Civil Veterinary Dept. Assam report 1927-50 - 1927-1950
Year: 1927
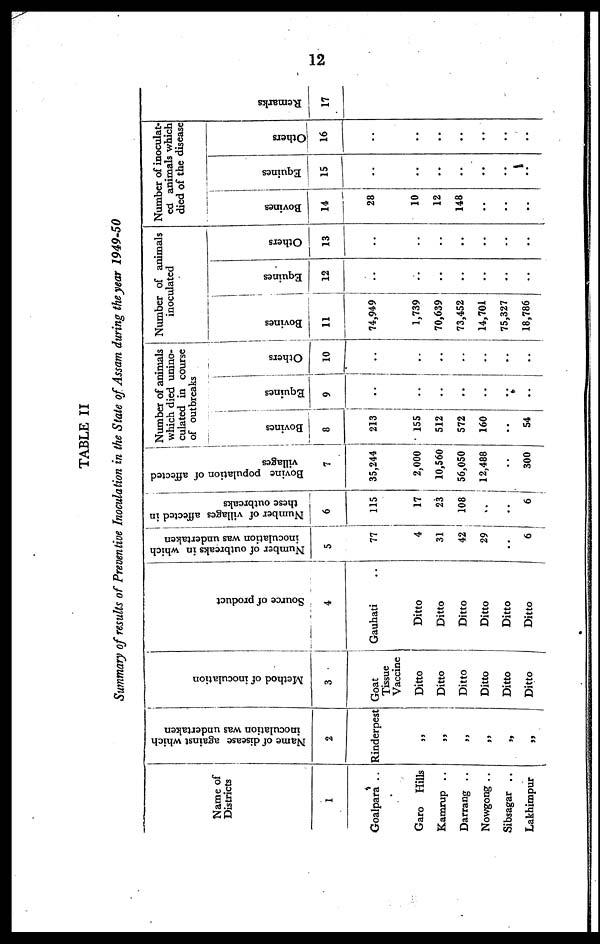
12
TABLE II
Summary of results of Preventive Inoculation in the State of Assam during the year 1949-50
Name of
Districts
1
Goalpara ..
Garo Hills
Kamrup ..
Darrang ..
Nowgong ..
Sibsagar ..
Lakhimpur
Name of disease against which
inoculation was undertaken
Rinderpest
„
„
„
„
„
„
Method of inoculation
3
Goat
Tissue
Vaccine
Ditto
Ditto
Ditto
Ditto
Ditto
Ditto
Source of product
4
Gauhati ..
Ditto
Ditto
Ditto
Ditto
Ditto
Ditto
Number of outbreaks in which
inoculation was undertaken
5
77
4
31
42
29
..
6
Number of villages affected in
these outbreaks
6
115
17
23
108
..
..
6
Bovine population of affected
villages
7
35,244
2,000
10,560
56,050
12,488
..
300
Number of animals
which died unino-
culated in course
of outbreaks
Bovines
8
213
155
512
572
160
..
54
Equines
9
..
..
..
..
..
..
..
Others
10
..
..
..
..
..
..
..
Number of animals
inoculated
Bovines
11
74,949
1,739
70,639
73,452
14,701
75,327
18,786
Equines
12
..
..
..
..
..
..
..
Others
13
..
..
..
..
..
..
..
Number of inoculat-
ed animals which
died of the disease
Bovines
14
28
10
12
148
..
..
..
Equines
15
..
..
..
..
..
..
..
Others
16
..
..
..
..
..
..
..
Remarks
17